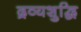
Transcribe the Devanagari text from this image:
द्रव्यशुद्धि